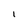
Character: I